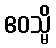
ဧဝသ္မိ